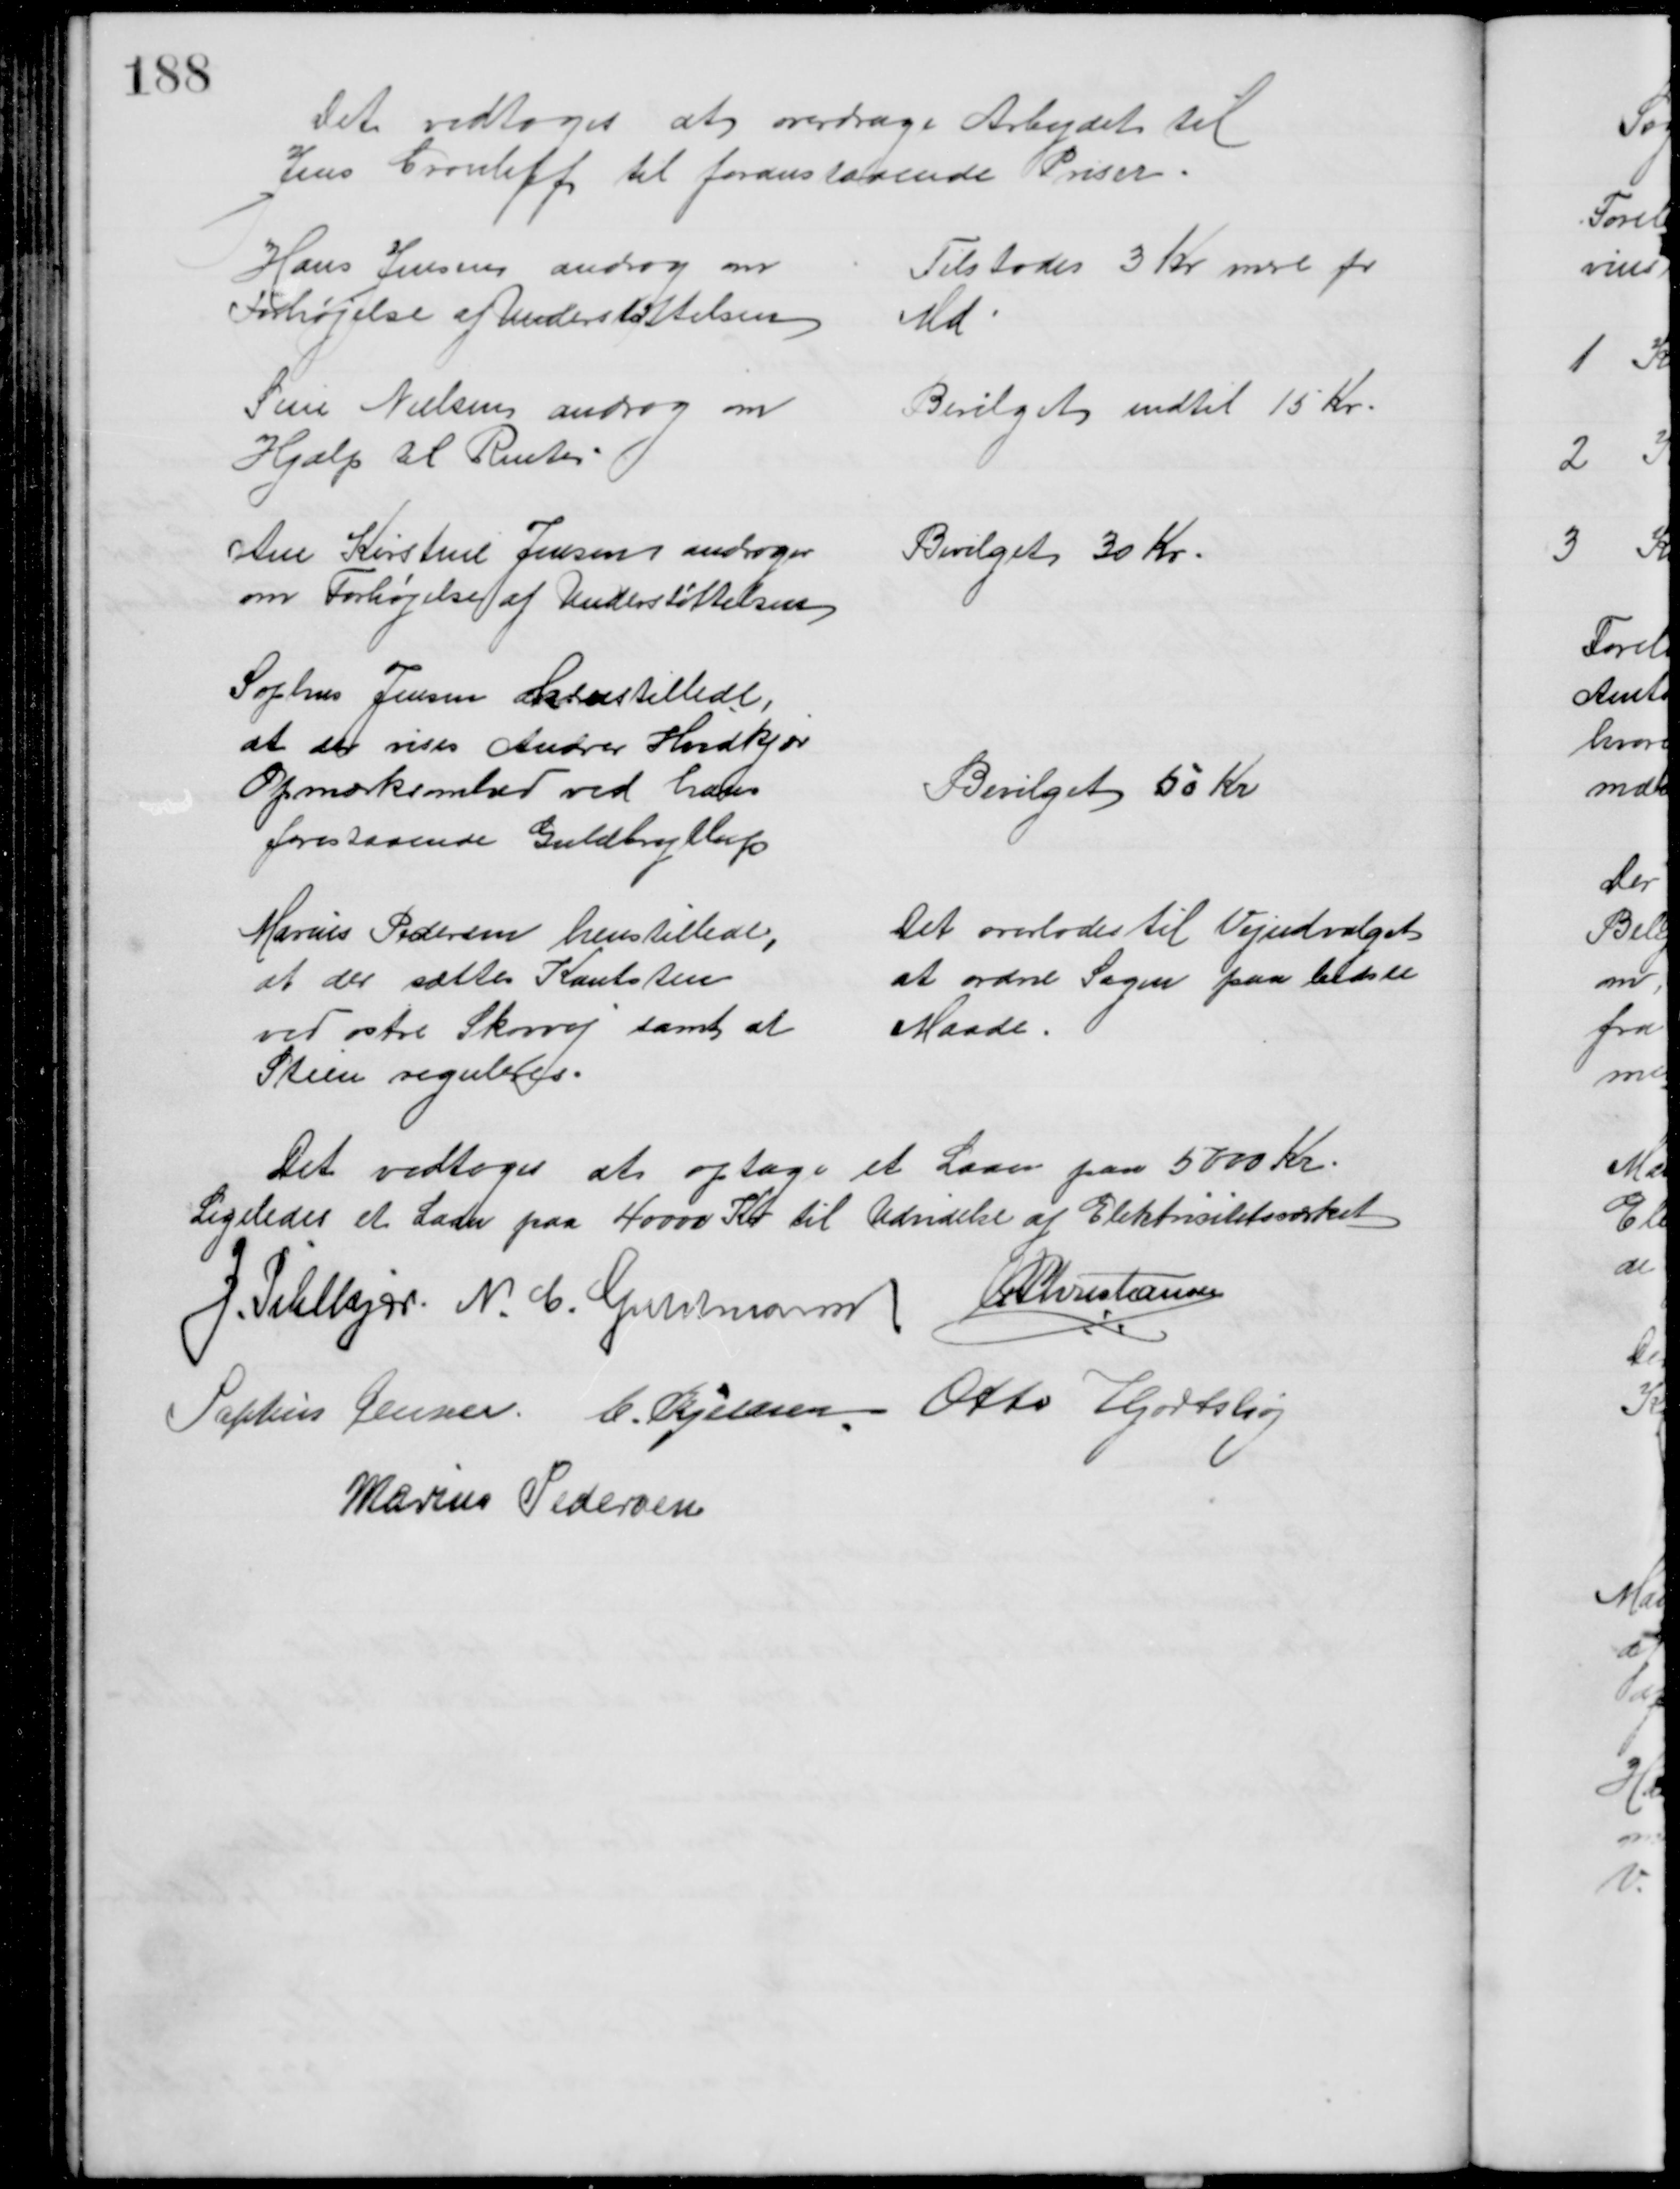
Transskription:
Det vedtoges at overdrage Arbejdet til
Jens Grouleff til foranstaaende Priser
Hans Jensen androg om
Forhøjelse af Understøttelsen
Tilstodes 3 Kr mere pr
Md
Sine Nielsen androg om
Hjælp til Renter
Bevilget indtil 15 Kr
Ane Kirstine Jensen andrager
om Forhøjelse af Understøttelsen
Bevilget 30 Kr
Sophus Jensen henstillede,
at der vises Andrer Hvidkjær
Opmærksomhed ved hans
forestaaende Guldbryllup
Bevilget 50 Kr
Marius Pedersen henstillede,
at der sættes Kantsten
ved østre Skovvej samt at 
Stien reguleres.
Det overlodes til Vejudvalget
at ordre Sagen paa bedste
Maade.
Det vedtoges at optage et Laan paa 5000 Kr.
Ligeledes et Laan paa 40000 Kr til Udvidelse af Elektricitetsværket
J. Pihlkjær. N. C. Guldmann A P Christiansen
Sophus Jensen. C. Kjeldsen Otto Hjortshøj
Marius Pedersen